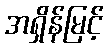
အရှိန်မြင့်